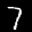
Label: 7